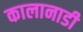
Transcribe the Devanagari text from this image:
कालानाडी